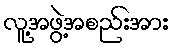
လူ့အဖွဲ့အစည်းအား